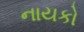
નાયકો